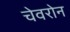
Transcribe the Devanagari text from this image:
चेवरोन